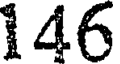
146